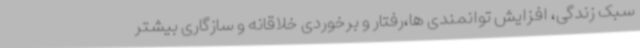
سبک زندگی، افزایش توانمندی ها،رفتار و برخوردی خلاقانه و سازگاری بیشتر